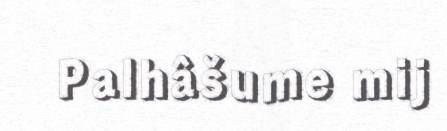
Palhâšume mij